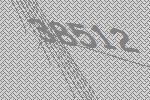
38512